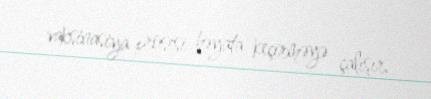
vaksinasiya prosesi həyata keçirməyə çalışır.